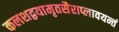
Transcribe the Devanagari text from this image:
कलशद्वयामृतसैराप्लावयन्तं